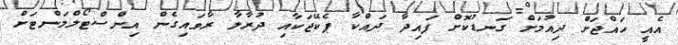
އެއީ ހައްޖަށް ދިއުމަށް ގަނޑުކޮށް ފައިދާ ދައްކާ ޕެކޭޖަކާއި ދުރާލާ ރާވައިގެން އިންސްޓޯލްމަންޓަށް